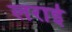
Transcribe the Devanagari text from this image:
लराई